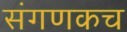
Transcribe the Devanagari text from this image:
संगणकच